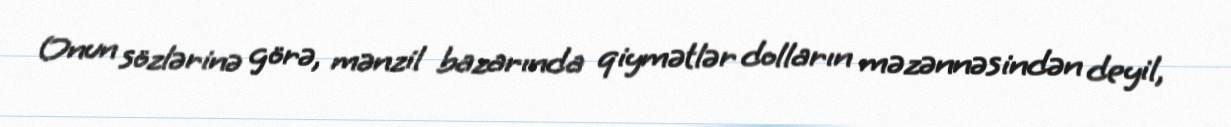
Onun sözlərinə görə, mənzil bazarında qiymətlər dolların məzənnəsindən deyil,